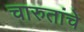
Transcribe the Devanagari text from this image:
चारुतांचे